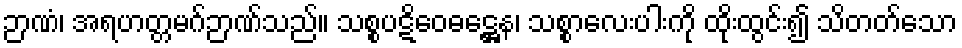
ဉာဏံ၊ အရဟတ္တမဂ်ဉာဏ်သည်။ သစ္စပဋိဝေဓဋ္ဌေန၊ သစ္စာလေးပါးကို ထိုးထွင်း၍ သိတတ်သော